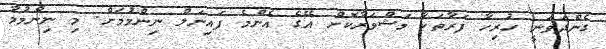
ގެންދަވަނީ ހުރިހާ ފަރާތަކާ މަޝްވަރާކޮށް އޭގެ އެންމެ ފައިނަލް ނިންމުމަށް. މި ނިންމުމާ